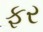
ફર